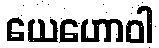
ယေဟောဝါ